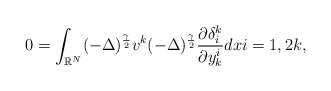
\begin{align*}0 = \displaystyle\int_{\mathbb{R}^N}(- \Delta)^{\frac{\gamma}{2}}v^k(- \Delta)^{\frac{\gamma}{2}} \frac{\partial\delta_{i}^k}{\partial y_{k}^i}dx i = 1, 2 k,\end{align*}